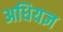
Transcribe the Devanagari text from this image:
अधियज्ञ